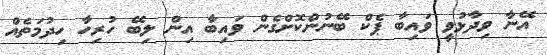
އޭނާ ވިދާޅުވީ ވައިބާ ޕެކް ބޭނުންކޮށްގެން ވައިބާ އިން ލިބޭ ހުރިހާ ހިދުމަތެއް